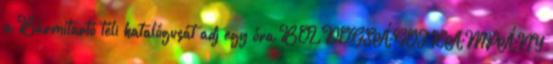
a Bármitartó téli katalógusát adj egy óra BOLDOGSÁGOT KAMPÁNY